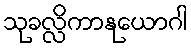
သုခလ္လိကာနုယောဂါ